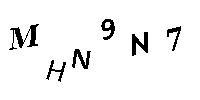
MHN9N7